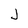
Character: J